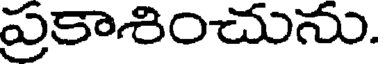
ప్రకాశించును.